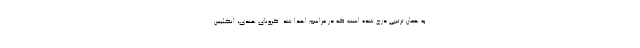
به همان ترتیبی درج شده است که در مراسم اهدا شد. کرونای هندی، انگلیس